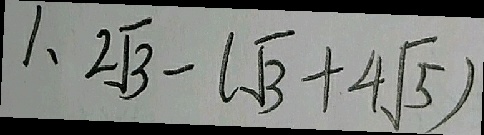
1 、 2 \sqrt { 3 } - ( \sqrt { 3 } + 4 \sqrt { 5 } )